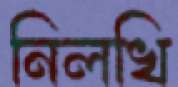
নিলখি